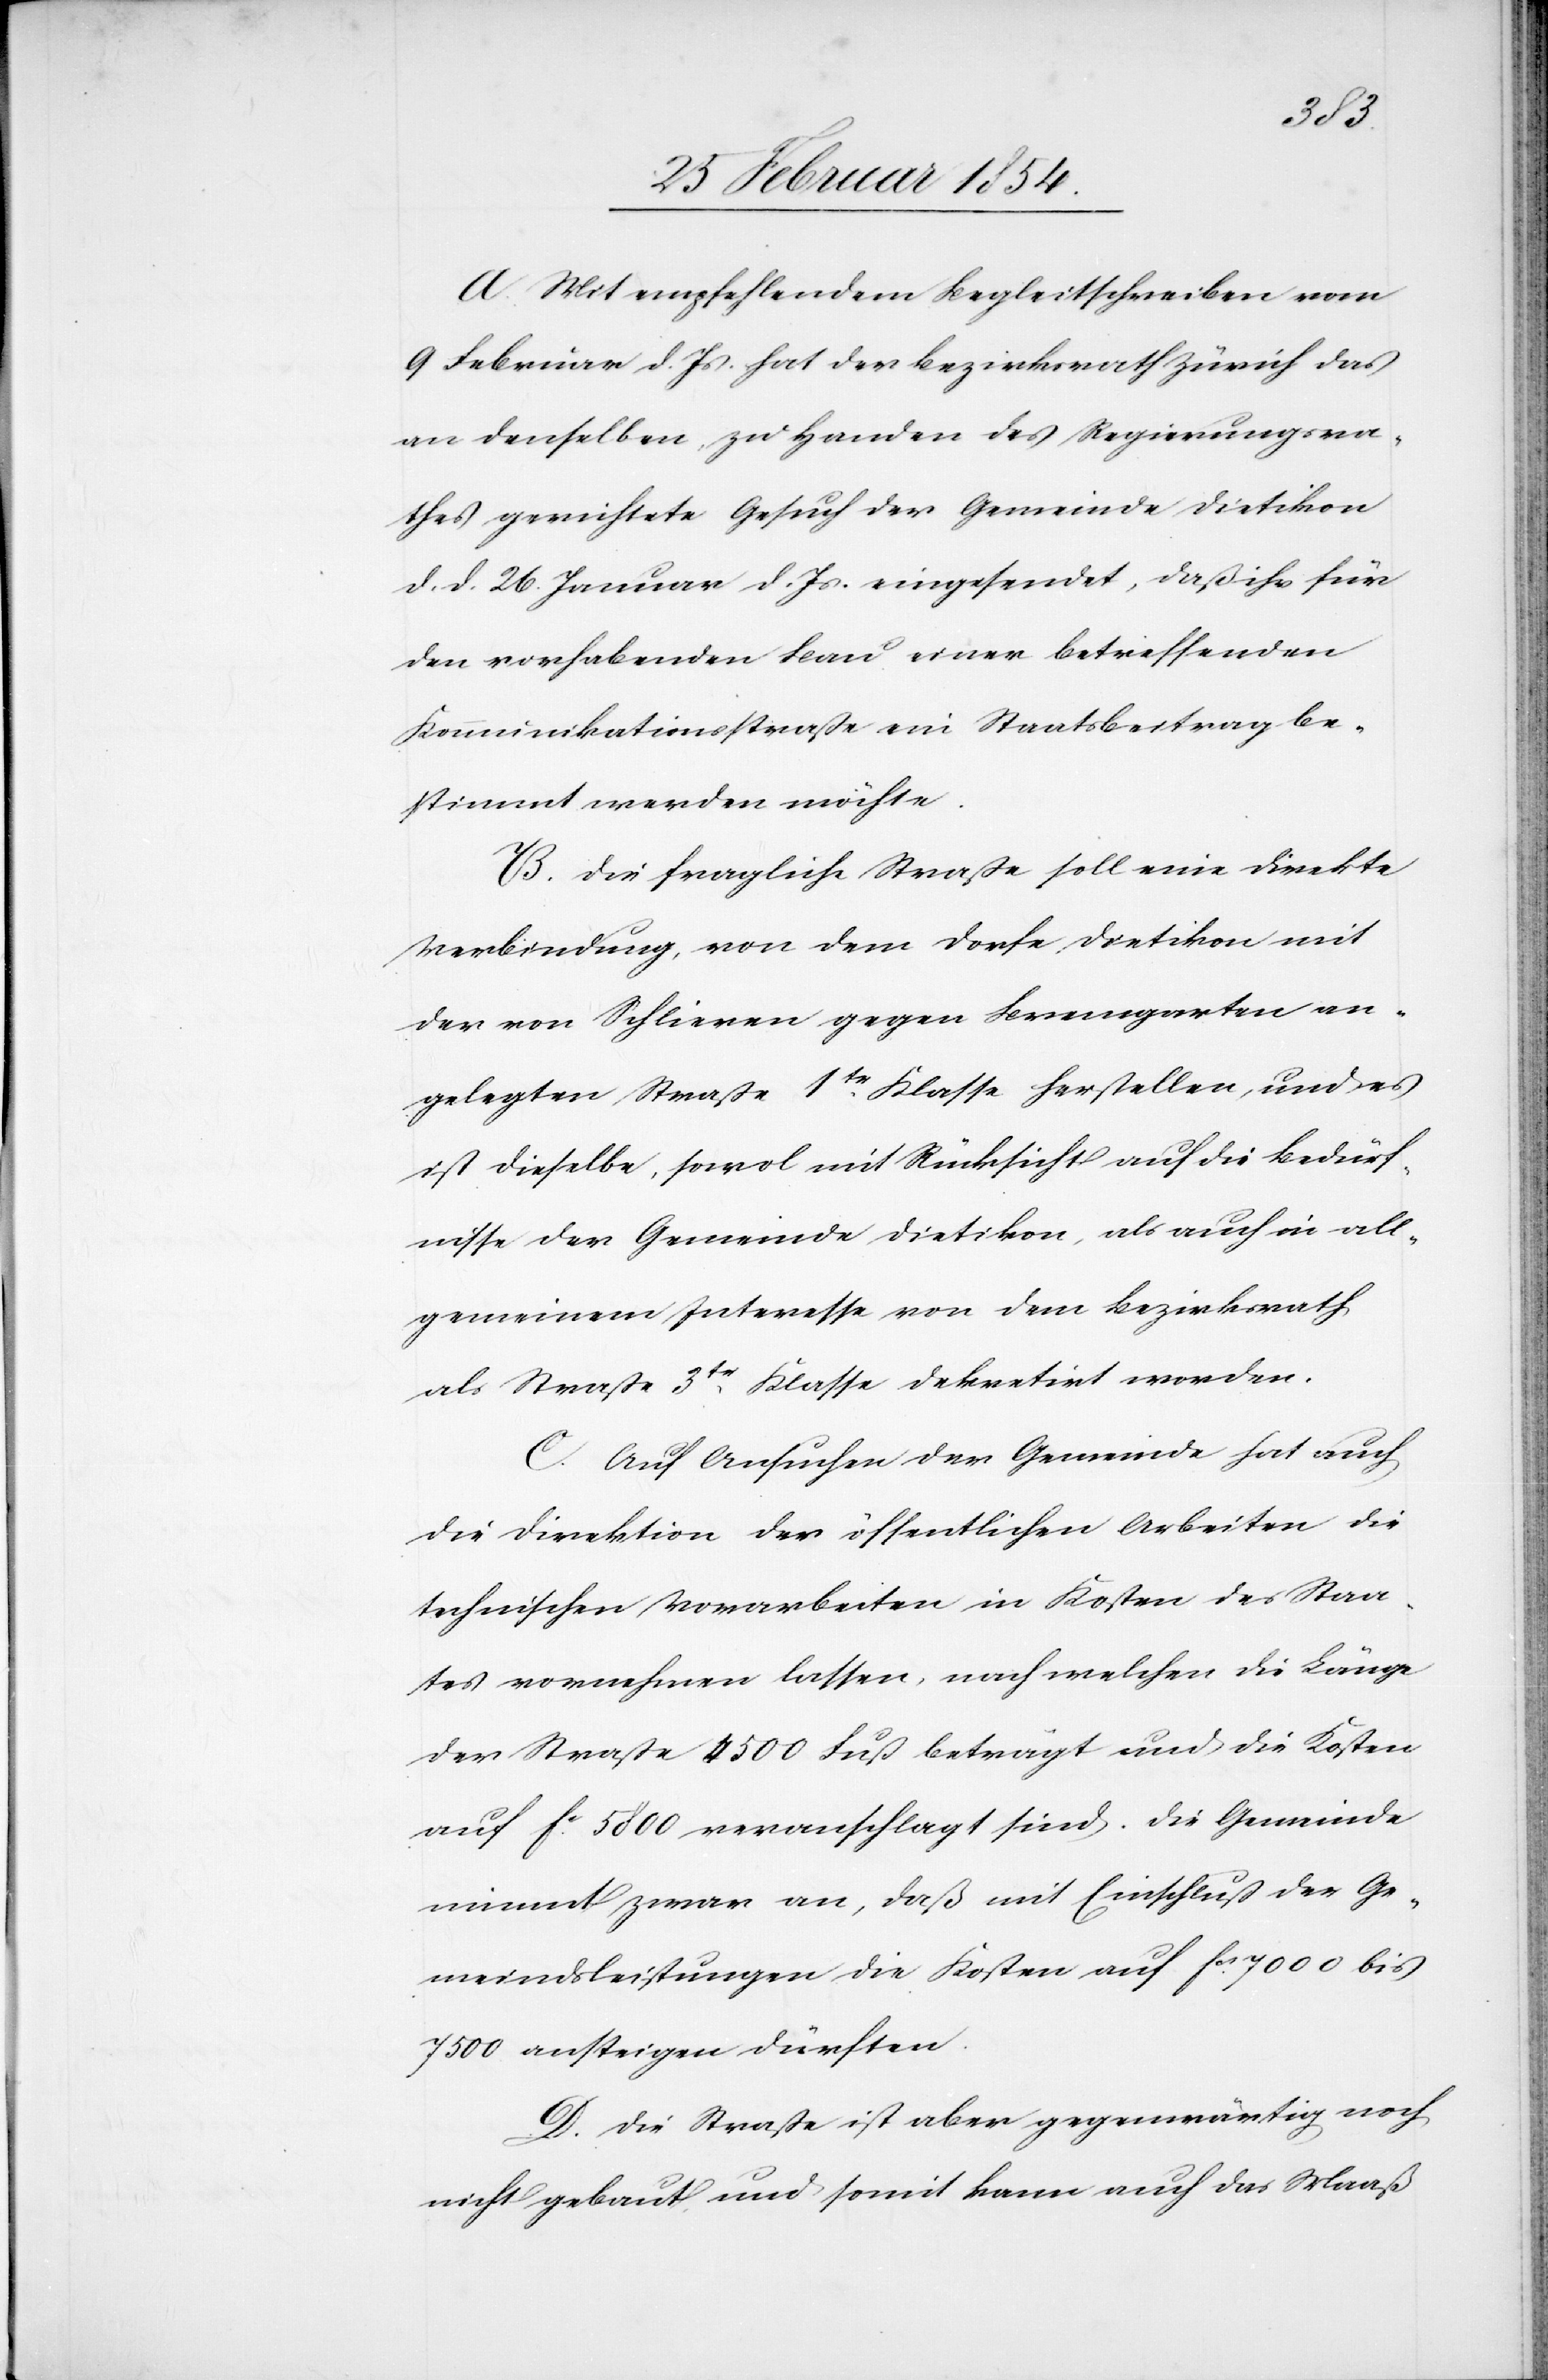
A. Mit empfehlendem Begleitschreiben vom
9 Februar d. Js. hat der Bezirksrath Zürich das
an denselben zu Handen des Regierungsra¬
thes gerichtete Gesuch der Gemeinde Dietikon
d. d. 26. Januar d. J. eingesendet, daß ihr für
den vorhabenden Bau einer betreffenden
Kommunikationsstraße ein Staatsbeitrag be¬
stimmt werden möchte.
B. Die fragliche Straße soll eine direkte
Verbindung, von dem Dorfe Dietikon mit
der von Schlieren gegen Bremgarten an¬
gelegten Straße 1tr Klasse herstellen, und es
ist dieselbe, sowol mit Rücksicht auf die Bedürf¬
nisse der Gemeinde Dietikon, als auch in all¬
gemeinem Interesse von dem Bezirksrath
als Straße 3tr Klasse dekretirt worden.
C. Auf Ansuchen der Gemeinde hat auch
die Direktion der öffentlichen Arbeiten die
technischen Borarbeiten in Kosten des Staa¬
tes vornehmen lassen, nach welchen die Länge
der Straße 4500 Fuß beträgt und die Kosten
auf Fc 5800 veranschlagt sind. Die Gemeinde
nimmt zwar an, daß mit Einschluß der Ge¬
meindsleistungen die Kosten auf Fcs 7000 bis
7500 ansteigen dürften.
D. Die Straße ist aber gegenwärtig noch
nicht gebaut und somit kann auch das Maaß